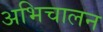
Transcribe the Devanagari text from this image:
अभिचालन